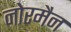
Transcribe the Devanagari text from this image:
नोरमैन